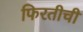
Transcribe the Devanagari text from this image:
फिरतीची